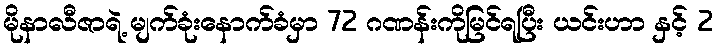
မိုနာလီဇာရဲ့ မျက်ခုံးနောက်ခံမှာ 72 ဂဏန်းကိုမြင်ရပြီး ယင်းဟာ နှင့် 2